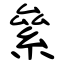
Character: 絫